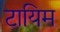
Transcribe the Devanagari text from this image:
टायिम